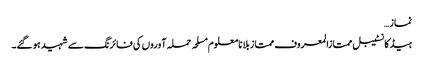
نماز…
ہیڈکانسٹیبل ممتازالمعروف ممتاز بلا نامعلوم مسلحہ حملہ آوروں کی فائرنگ سے شہید ہو گئے۔